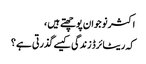
اکثر نوجوان پوچھتے ہیں ،
کہ ریٹائرڈ زندگی کیسے گذرتی ہے ؟